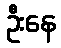
ဦးနေ